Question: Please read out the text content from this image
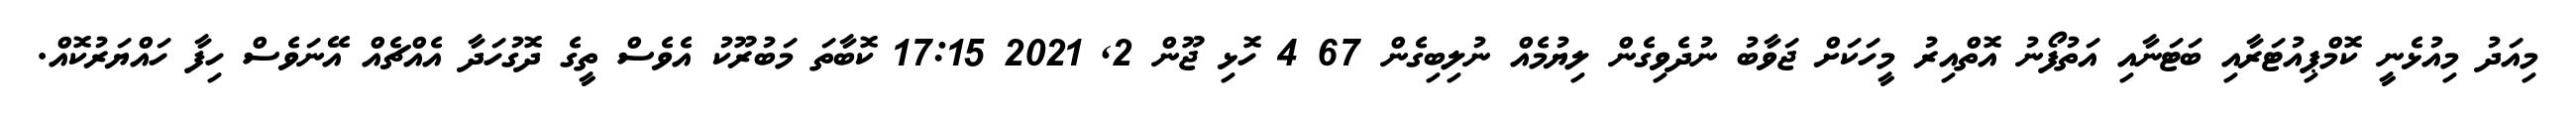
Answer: މިއަދު މިއުޅެނީ ކޮމްޕިއުޓަރާއި ބަޓަނާއި އަތުފޯނު އޮތްއިރު މީހަކަށް ޖަވާބު ނުދެވިގެން ލިޔުމެއް ނުލިބިގެން 67 4 ހޮޅި ޖޫން 2, 2021 17:15 ކޮބާތަ މަބުރޫކު އެވެސް ތީގެ ދޮގުހަދާ އެއްޗެއް އޭނަވެސް ހިފާ ހައްޔަރުކޮއް.